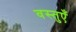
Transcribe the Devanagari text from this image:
वस्‍तुएँ